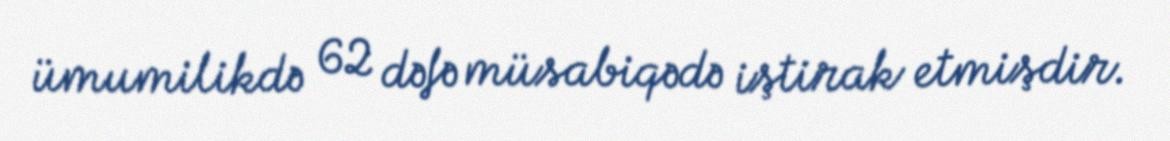
ümumilikdə 62 dəfə müsabiqədə iştirak etmişdir.